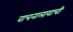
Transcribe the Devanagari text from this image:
वाचनालायाची